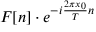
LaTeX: F [ n ] \cdot e ^ { - i { \frac { 2 \pi x _ { 0 } } { T } } n }